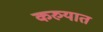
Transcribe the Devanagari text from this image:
करुयात